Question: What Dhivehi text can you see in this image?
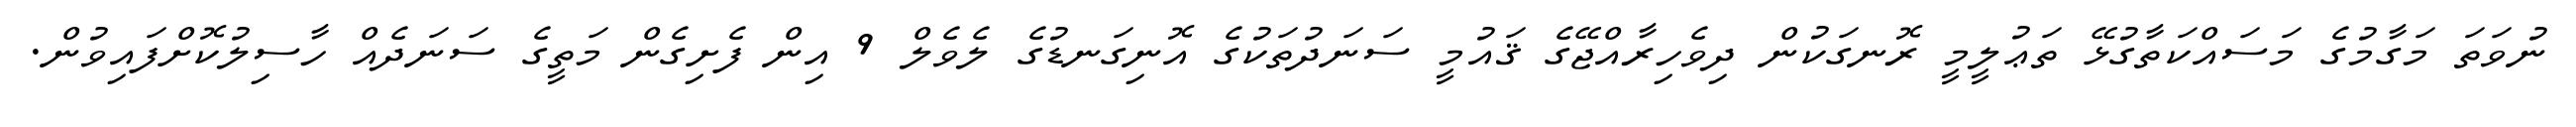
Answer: ނުވަތަ މަގާމުގެ މަސައްކަތާގުޅޭ ތަޢުލީމީ ރޮނގަކުން ދިވެހިރާއްޖޭގެ ޤައުމީ ސަނަދުތަކުގެ އޮނިގަނޑުގެ ލެވެލް 9 އިން ފެށިގެން މަތީގެ ސަނަދެއް ހާސިލުކޮށްފައިވުން.